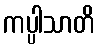
ကပ္ပါသာတိ